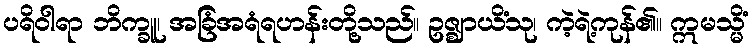
ပရိဝါရာ ဘိက္ခူ၊ အခြံအရံရဟန်းတို့သည်။ ဥဇ္ဈာယိံသု၊ ကဲ့ရဲ့ကုန်၏။ ဣမသ္မိံ